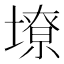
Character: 㙩